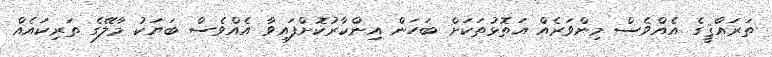
ތަރައްޤީގެ އެއްވެސް މިންވަރެއް އަތޮޅުތަކަށް ބަހަން އިންކާރުކޮށްފައިވާ އެއްވެސް ބަޔަކު މާލޭގެ ތަރިކައެއް